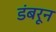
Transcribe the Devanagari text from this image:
डंबरून